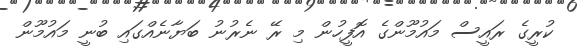
ކުރީގެ ރައީސް މައުމޫންގެ އޮފީހުން މި ރޭ ނެރުނު ބަޔާނެއްގައި ބުނީ މައުމޫން